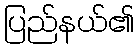
ပြည်နယ်၏